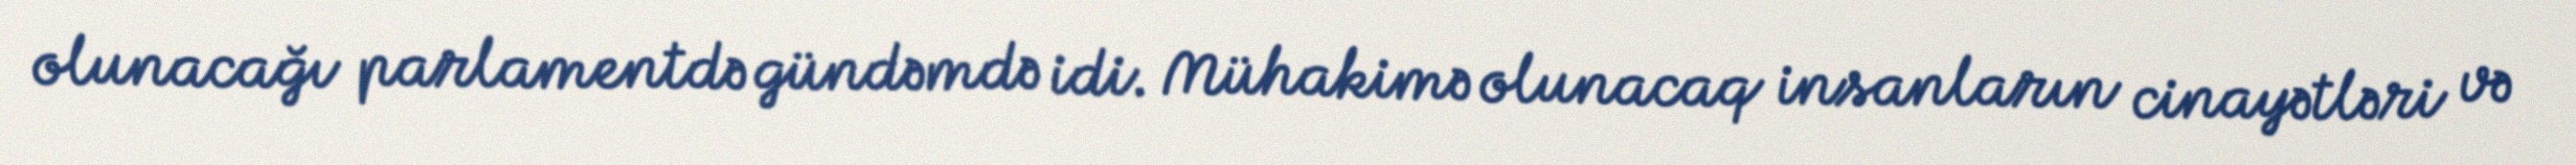
olunacağı parlamentdə gündəmdə idi. Mühakimə olunacaq insanların cinayətləri və